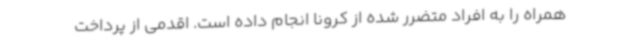
همراه را به افراد متضرر شده از کرونا انجام داده است. اقدمی از پرداخت